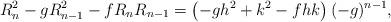
LaTeX: \begin{align*}R_{n}^{2}-gR_{n-1}^{2}-fR_{n}R_{n-1}=\left(-gh^{2}+k^{2}-fhk\right) (-g)^{n-1},\end{align*}